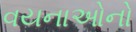
વયનાઓનો